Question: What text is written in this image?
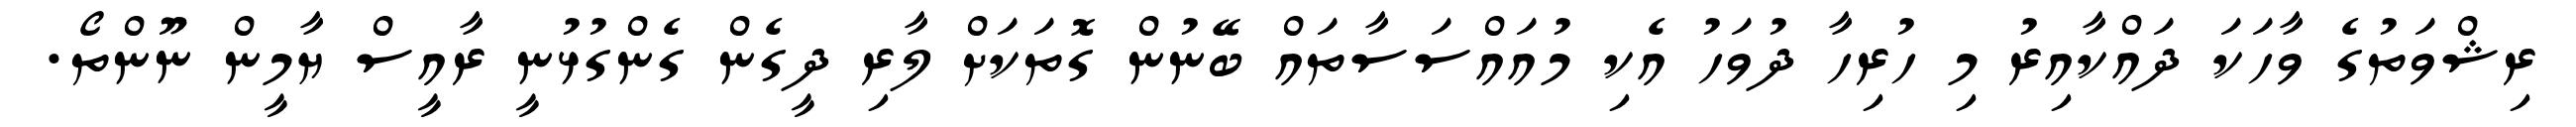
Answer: ރިޝްވަތުގެ ވާހަކަ ދައްކާއިރު މި ހުރިހާ ދުވަހު އެކި މުއައްސަސާތައް ބޭނުން ގޮތަކަށް ލާރި ދީގެން ގެންގުޅުނީ ރާއީސް ޔާމީން ނޫންތޯ.